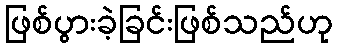
ဖြစ်ပွားခဲ့ခြင်းဖြစ်သည်ဟု